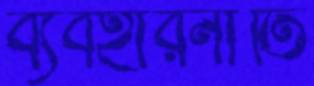
ব্যবহারনীতি